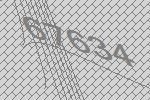
67634